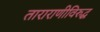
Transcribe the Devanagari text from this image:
ताराराणीविरुद्ध